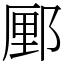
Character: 䣑